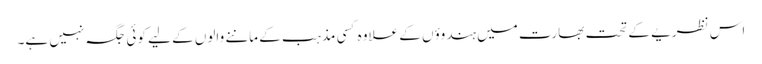
اس نظریے کے تحت بھارت میں ہندوؤں کے علاوہ کسی مذہب کے ماننے والوں کے لیے کوئی جگہ نہیں ہے۔